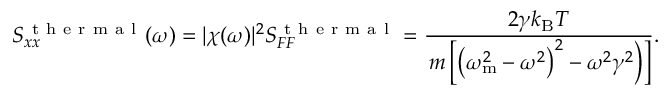
S _ { x x } ^ { \mathrm { ~ t ~ h ~ e ~ r ~ m ~ a ~ l ~ } } ( \omega ) = | \chi ( \omega ) | ^ { 2 } S _ { F F } ^ { \mathrm { ~ t ~ h ~ e ~ r ~ m ~ a ~ l ~ } } = \frac { 2 \gamma k _ { \mathrm { B } } T } { \left. m \left[ \left( \omega _ { \mathrm { m } } ^ { 2 } - \omega ^ { 2 } \right) ^ { 2 } - \omega ^ { 2 } \gamma ^ { 2 } \right) \right] } .